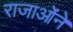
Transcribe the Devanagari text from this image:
राजाओंने